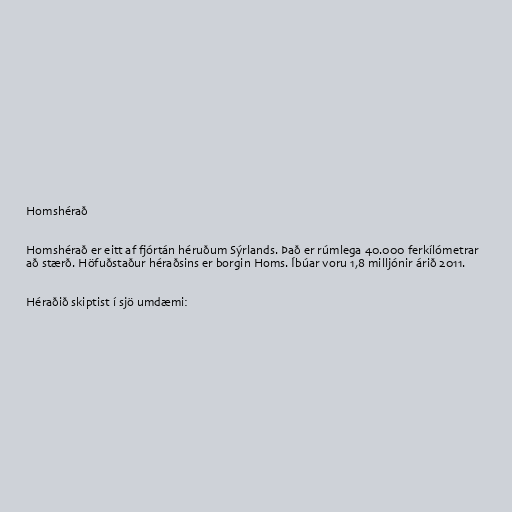
Homshérað

Homshérað er eitt af fjórtán héruðum Sýrlands. Það er rúmlega 40.000 ferkílómetrar
að stærð. Höfuðstaður héraðsins er borgin Homs. Íbúar voru 1,8 milljónir árið 2011.

Héraðið skiptist í sjö umdæmi: